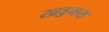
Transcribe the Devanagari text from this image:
खड्डमय